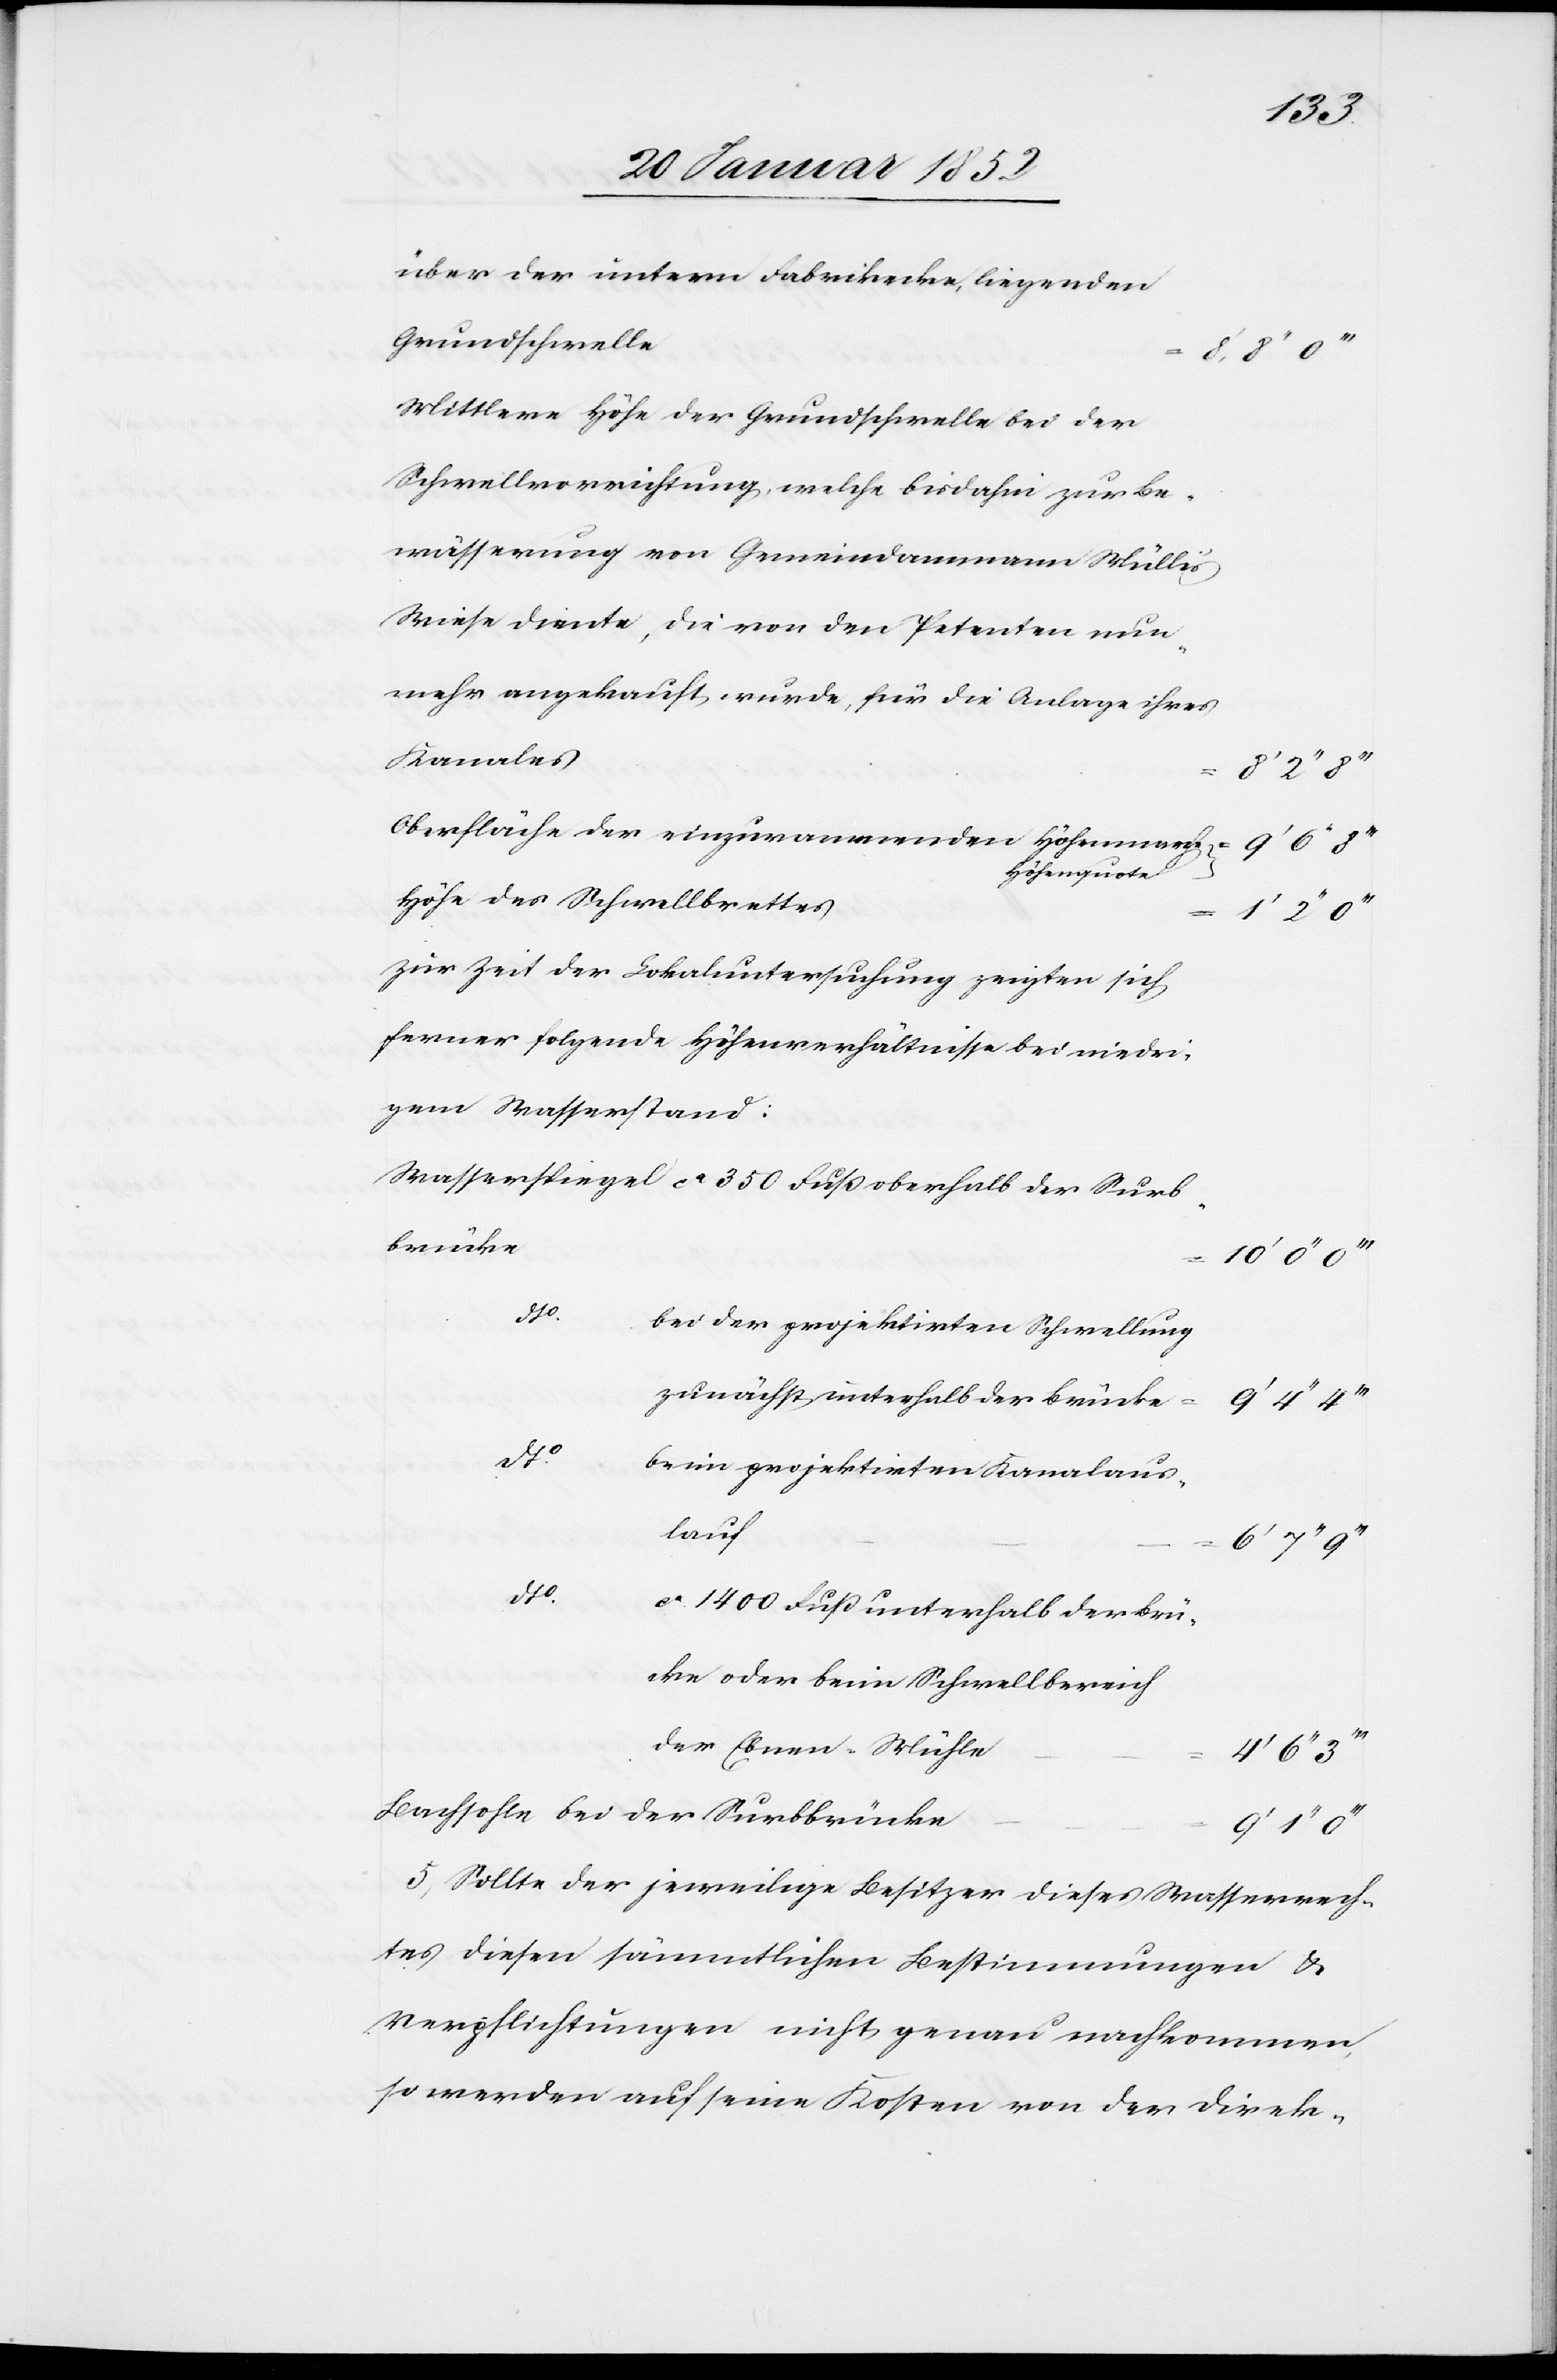
über der untern Fabrikecke liegenden
Grundschwelle
Mittlere Höhe der Grundschwelle bei der
Schwellerrichtung, welche bisdahin zur Be¬
wässerung von Gemeindammann Mülli’s
Wiese diente, die von den Petenten nun¬
mehr angekauft wurde, für die Anlage ihres
Kanales
Oberfläche der einzurammenden Höhenmarche
Höhenquote
Höhe des Schwellbrettes
Zur Zeit der Lokaluntersuchung zeigten sich
ferner folgende Höhenverhältnisse bei niedri¬
gem Wasserstand:
Wasserspiegel ca 350 Fuß oberhalb der Surb¬
brücke
dto.
bei der projektirten Schwellung
zunächst unterhalb der Brücke
dto.
beim projektirten Kanalaus¬
lauf
dto.
ca 1400 Fuß unterhalb der Brü¬
cke oder beim Schwellbereich
der Ebnen-Mühle
4’ 6’’
Bachsohle bei der Surbbrücke
9’
5.) Sollte der jeweilige Besitzer dieses Wasserrech¬
tes diesen sämmtlichen Bestimmungen u.
Verpflichtungen nicht genau nachkommen,
so werden auf seine Kosten von der Direk-